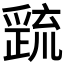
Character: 𭶷